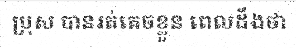
ប្រុស បានរត់គេចខ្លួន ពេលដឹងថា